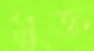
মুক্ত